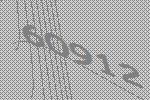
60912